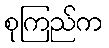
စုကြည်က